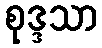
စုဒ္ဒသာ